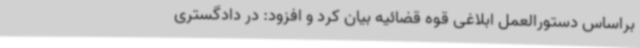
براساس دستورالعمل ابلاغی قوه قضائیه بیان کرد و افزود: در دادگستری